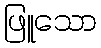
ဖြူသော